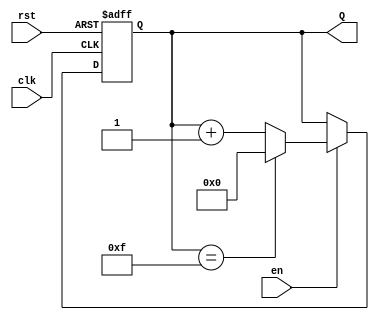
module binary_up_counter #(
    parameter N = 4  // Number of bits in the counter
)(
    input wire clk,      // Clock signal
    input wire rst,      // Asynchronous reset
    input wire en,       // Enable signal
    output reg [N-1:0] Q // N-bit counter output
);

// Always block triggered on the clock or reset
always @(posedge clk or posedge rst) begin
    if (rst) begin
        // Asynchronous reset
        Q <= 0;
    end else if (en) begin
        // Increment counter when enabled
        if (Q == (2**N - 1)) begin
            Q <= 0; // Wrap around
        end else begin
            Q <= Q + 1; // Increment counter
        end
    end
end

endmodule